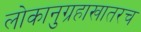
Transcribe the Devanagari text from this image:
लोकानुग्रहाखातरच